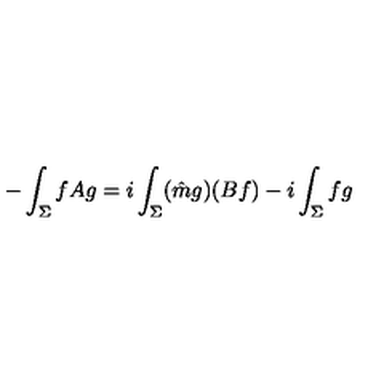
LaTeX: - \int _ { \Sigma } f A g = i \int _ { \Sigma } ( \hat { m } g ) ( B f ) - i \int _ { \Sigma } f g